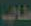
طالب